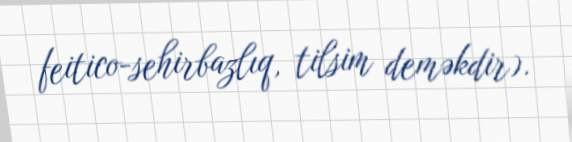
feitico-sehirbazlıq, tilsim deməkdir).